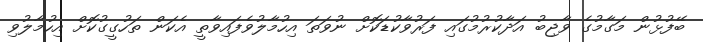
ބޭފުޅުން މަގާމުގެ ވާޖިބު އަދާކުރުމުގައި ފަރުވާކުޑަކޮށް ނުވަތަ އިހުމާލުވެފައިވާތީ އެކަން ތަހުގީގުކޮށް އިހުމާލުވި